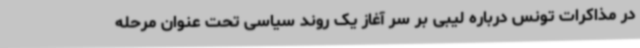
در مذاکرات تونس درباره لیبی بر سر آغاز یک روند سیاسی تحت عنوان مرحله